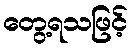
တွေ့ရသဖြင့်